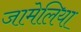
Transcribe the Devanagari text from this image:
जामेलिया